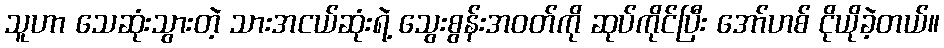
သူဟာ သေဆုံးသွားတဲ့ သားအငယ်ဆုံးရဲ့ သွေးစွန်းအဝတ်ကို ဆုပ်ကိုင်ပြီး အော်ဟစ် ငိုယိုခဲ့တယ်။